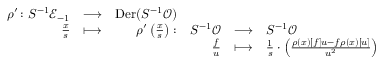
\begin{array} { r } { \begin{array} { r c r r c l } { \rho ^ { \prime } \colon S ^ { - 1 } \mathcal { E } _ { - 1 } } & { \longrightarrow } & { \mathrm { D e r } ( S ^ { - 1 } \mathcal O ) } & & & \\ { \frac { x } { s } } & { \longmapsto } & { \rho ^ { \prime } \left( \frac { x } { s } \right) : } & { S ^ { - 1 } \mathcal O } & { \longrightarrow } & { S ^ { - 1 } \mathcal O } \\ & & & { \frac { f } { u } } & { \longmapsto } & { \frac { 1 } { s } \cdot \left( \frac { \rho ( x ) [ f ] u - f \rho ( x ) [ u ] } { u ^ { 2 } } \right) } \end{array} } \end{array}